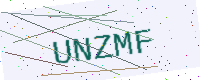
Text: UNZMF